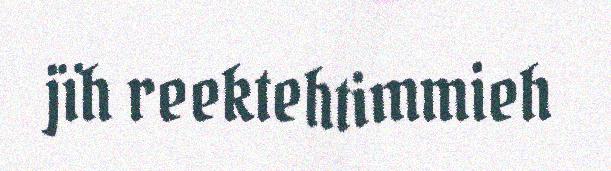
jïh reektehtimmieh